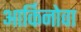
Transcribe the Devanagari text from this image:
आर्किनोवा